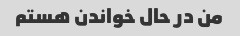
من در حال خواندن هستم